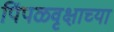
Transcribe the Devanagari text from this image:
पिंपळवृक्षाच्या